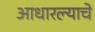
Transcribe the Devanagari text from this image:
आधारल्याचे